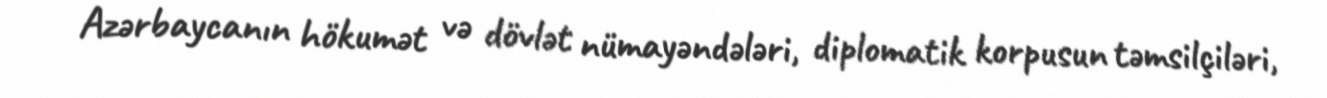
Azərbaycanın hökumət və dövlət nümayəndələri, diplomatik korpusun təmsilçiləri,